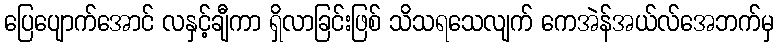
ပြေပျောက်အောင် လနှင့်ချီကာ ရှိလာခြင်းဖြစ် သိသရသေလျက် ကေအဲန်အယ်လ်အေဘက်မှ